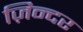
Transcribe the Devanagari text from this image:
ज़िन्दर